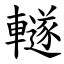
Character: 䡵